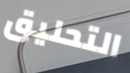
التحليق